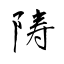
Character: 陦